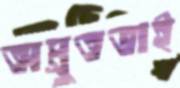
অম্রুতভাই